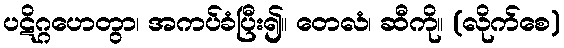
ပဋိဂ္ဂဟေတွာ၊ အကပ်ခံပြီး၍။ တေလံ၊ ဆီကို။ (လိုက်စေ)